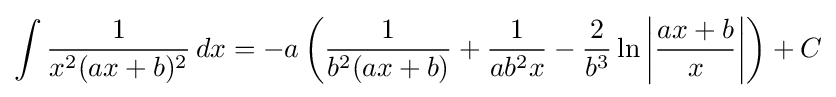
\int {\frac {1}{x^{2}(ax+b)^{2}}}\,dx=-a\left({\frac {1}{b^{2}(ax+b)}}+{\frac {1}{ab^{2}x}}-{\frac {2}{b^{3}}}\ln \left|{\frac {ax+b}{x}}\right|\right)+C